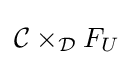
{\mathcal {C}}\times _{\mathcal {D}}F_{U}